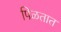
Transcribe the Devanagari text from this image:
पिळतात